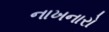
નાખનારો